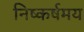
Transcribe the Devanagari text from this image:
निष्कर्षमय